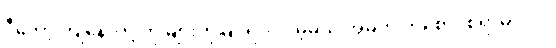
ဒီတော့ ကျနော်တို့ ကို များကိုမြင်ရပါလိမ့်မယ် အဓိက ကိုစောင့်စရာမလိုပဲ။